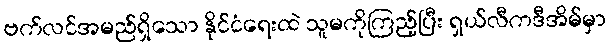
ဗက်လင်အမည်ရှိသော နိုင်ငံရေးထဲ သူမကိုကြည့်ပြီး ရှယ်လီကဒီအိမ်မှာ